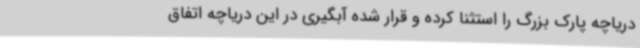
دریاچه پارک بزرگ را استثنا کرده و قرار شده آبگیری در این دریاچه اتفاق